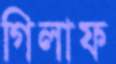
গিলাফ